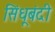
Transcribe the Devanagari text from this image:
सिंधूबंदी